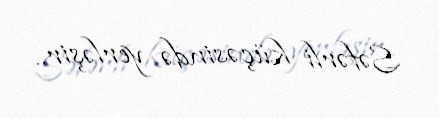
Səfərli küçəsində yerləşir..